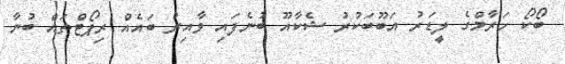
ބޯކޯ ހަރާމްގެ ލީޑަރު އަބޫބަކުރު ޝެކާއޫ ބުނެފައި ވާއިރު ބައެއް ރިޕޯޓްތައް ބުނާ